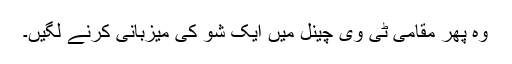
وہ پھر مقامی ٹی وی چینل میں ایک شو کی میزبانی کرنے لگیں۔